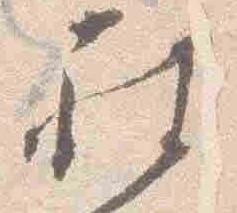
被